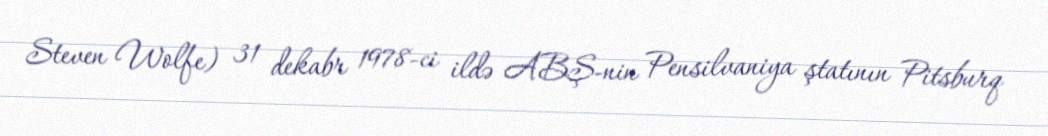
Steven Wolfe) 31 dekabr 1978-ci ildə ABŞ-nin Pensilvaniya ştatının Pitsburq